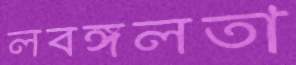
লবঙ্গলতা